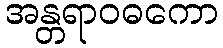
အန္တရာဝဓကော